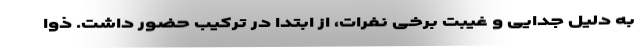
به دلیل جدایی و غیبت برخی نفرات، از ابتدا در ترکیب حضور داشت. ذوا